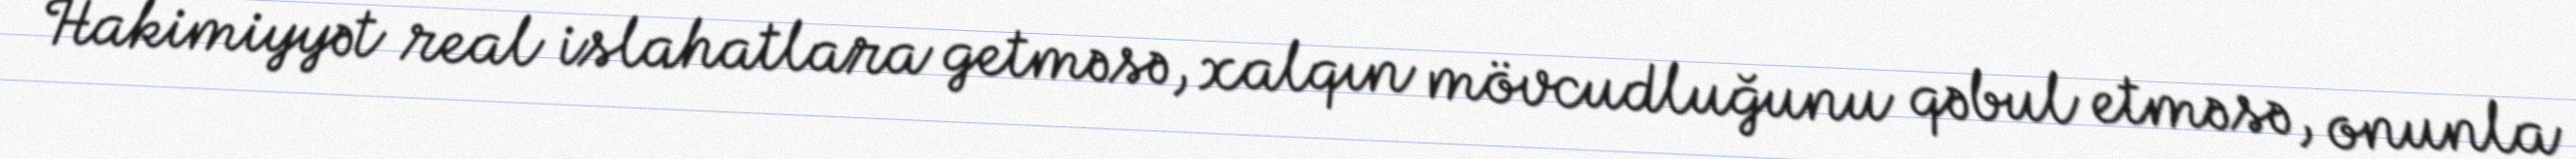
Hakimiyyət real islahatlara getməsə, xalqın mövcudluğunu qəbul etməsə, onunla